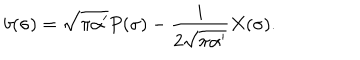
LaTeX: b ( \sigma ) = \sqrt { \pi \alpha ^ { \prime } } P ( \sigma ) - \frac { i } { 2 \sqrt { \pi \alpha ^ { \prime } } } X ( \sigma ) .